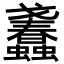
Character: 𧕹